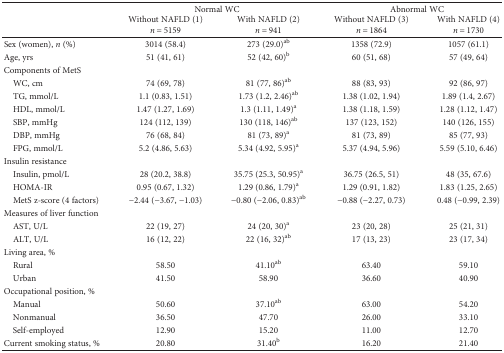
<table><thead><tr><td rowspan="3"></td><td colspan="2"><b>Normal WC</b></td><td colspan="2"><b>Abnormal WC</b></td></tr><tr><td><b>Without NAFLD (1)</b></td><td><b>With NAFLD (2)</b></td><td><b>Without NAFLD (3)</b></td><td><b>With NAFLD (4)</b></td></tr><tr><td><b><i>n</i> = 5159</b></td><td><b><i>n</i> = 941</b></td><td><b><i>n</i> = 1864</b></td><td><b><i>n</i> = 1730</b></td></tr></thead><tbody><tr><td>Sex (women), <i>n</i> (%)</td><td>3014 (58.4)</td><td>273 (29.0)<sup>ab</sup></td><td>1358 (72.9)</td><td>1057 (61.1)</td></tr><tr><td>Age, yrs</td><td>51 (41, 61)</td><td>52 (42, 60)<sup>b</sup></td><td>60 (51, 68)</td><td>57 (49, 64)</td></tr><tr><td colspan="5">Components of MetS</td></tr><tr><td> WC, cm</td><td>74 (69, 78)</td><td>81 (77, 86)<sup>ab</sup></td><td>88 (83, 93)</td><td>92 (86, 97)</td></tr><tr><td> TG, mmol/L</td><td>1.1 (0.83, 1.51)</td><td>1.73 (1.2, 2.46)<sup>ab</sup></td><td>1.38 (1.02, 1.94)</td><td>1.89 (1.4, 2.67)</td></tr><tr><td> HDL, mmol/L</td><td>1.47 (1.27, 1.69)</td><td>1.3 (1.11, 1.49)<sup>a</sup></td><td>1.38 (1.18, 1.59)</td><td>1.28 (1.12, 1.47)</td></tr><tr><td> SBP, mmHg</td><td>124 (112, 139)</td><td>130 (118, 146)<sup>ab</sup></td><td>137 (123, 152)</td><td>140 (126, 155)</td></tr><tr><td> DBP, mmHg</td><td>76 (68, 84)</td><td>81 (73, 89)<sup>a</sup></td><td>81 (73, 89)</td><td>85 (77, 93)</td></tr><tr><td> FPG, mmol/L</td><td>5.2 (4.86, 5.63)</td><td>5.34 (4.92, 5.95)<sup>a</sup></td><td>5.37 (4.94, 5.96)</td><td>5.59 (5.10, 6.46)</td></tr><tr><td colspan="5">Insulin resistance</td></tr><tr><td> Insulin, pmol/L</td><td>28 (20.2, 38.8)</td><td>35.75 (25.3, 50.95)<sup>a</sup></td><td>36.75 (26.5, 51)</td><td>48 (35, 67.6)</td></tr><tr><td> HOMA-IR</td><td>0.95 (0.67, 1.32)</td><td>1.29 (0.86, 1.79)<sup>a</sup></td><td>1.29 (0.91, 1.82)</td><td>1.83 (1.25, 2.65)</td></tr><tr><td> MetS z-score (4 factors)</td><td>−2.44 (−3.67, −1.03)</td><td>−0.80 (−2.06, 0.83)<sup>ab</sup></td><td>−0.88 (−2.27, 0.73)</td><td>0.48 (−0.99, 2.39)</td></tr><tr><td colspan="5">Measures of liver function</td></tr><tr><td> AST, U/L</td><td>22 (19, 27)</td><td>24 (20, 30)<sup>a</sup></td><td>23 (20, 28)</td><td>25 (21, 31)</td></tr><tr><td> ALT, U/L</td><td>16 (12, 22)</td><td>22 (16, 32)<sup>ab</sup></td><td>17 (13, 23)</td><td>23 (17, 34)</td></tr><tr><td colspan="5">Living area, %</td></tr><tr><td> Rural</td><td>58.50</td><td>41.10<sup>ab</sup></td><td>63.40</td><td>59.10</td></tr><tr><td> Urban</td><td>41.50</td><td>58.90</td><td>36.60</td><td>40.90</td></tr><tr><td colspan="5">Occupational position, %</td></tr><tr><td> Manual</td><td>50.60</td><td>37.10<sup>ab</sup></td><td>63.00</td><td>54.20</td></tr><tr><td> Nonmanual</td><td>36.50</td><td>47.70</td><td>26.00</td><td>33.10</td></tr><tr><td> Self-employed</td><td>12.90</td><td>15.20</td><td>11.00</td><td>12.70</td></tr><tr><td>Current smoking status, %</td><td>20.80</td><td>31.40<sup>b</sup></td><td>16.20</td><td>21.40</td></tr></tbody></table>